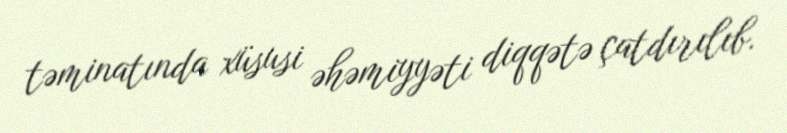
təminatında xüsusi əhəmiyyəti diqqətə çatdırılıb.